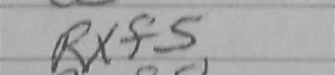
Transcription: Rxf5